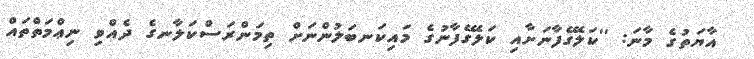
އާޔަތުގެ މާނަ: ''ކަލޭގެފާނަށާއި ކަލޭގެފާނުގެ މައިކަނބަލުންނަށް ތިމަންރަސްކަލާނގެ ދެއްވި ނިޢްމަތްތައް